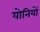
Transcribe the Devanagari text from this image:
योनियों